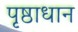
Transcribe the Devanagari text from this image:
पृष्ठाधान